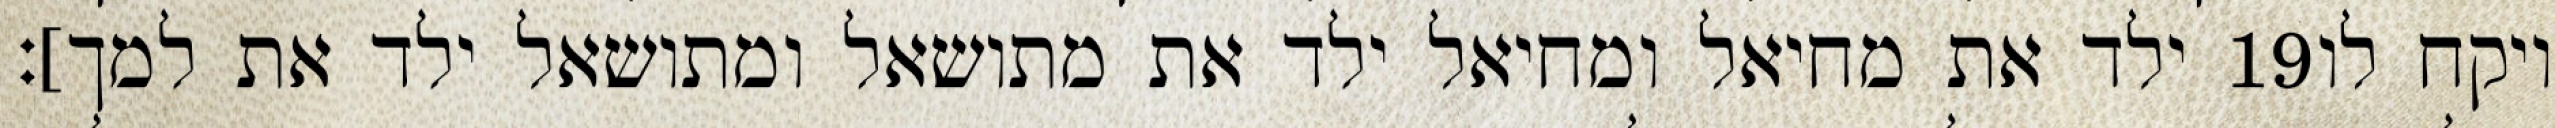
ילד את מחיאל ומחיאל ילד את מתושאל ומתושאל ילד את למך]׃ ‎19‏ ויקח לו